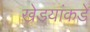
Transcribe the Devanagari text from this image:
खेडयांकडे